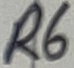
Text: R6